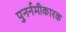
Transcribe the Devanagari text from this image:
पुनर्नमीकारक